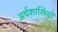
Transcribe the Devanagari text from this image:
अर्थशास्रियों